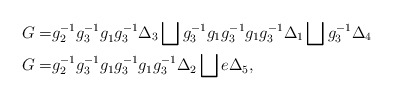
\begin{align*} G= & g_2^{-1}g_3^{-1}g_1^{}g_3^{-1}\Delta_3\bigsqcup g_3^{-1}g_1g_3^{-1}g_1g_3^{-1}\Delta_1\bigsqcup g_3^{-1}\Delta_4\\ G= & g_2^{-1}g_3^{-1}g_1g_3^{-1}g_1g_3^{-1}\Delta_2\bigsqcup e\Delta_5,\end{align*}